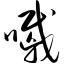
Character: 嘁